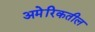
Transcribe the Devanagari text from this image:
अमेरिकतील